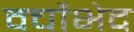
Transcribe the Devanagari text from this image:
वर्चोभेद